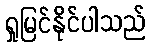
ရှုမြင်နိုင်ပါသည်